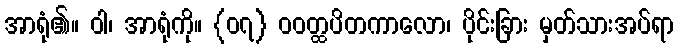
အာရုံ၏။ ဝါ၊ အာရုံကို။ {၀၇} ဝဝတ္ထပိတကာလော၊ ပိုင်းခြား မှတ်သားအပ်ရာ